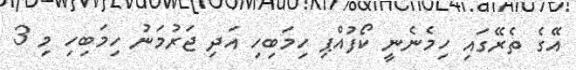
އޭގެ ތެރޭގައި ހިމެނެނީ ކޯފުއްޕި ހިމަބިހި އަދި ޖަރުމަނު ހިމަބިހި މި 3